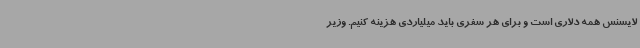
لایسنس همه دلاری است و برای هر سفری باید میلیاردی هزینه کنیم. وزیر